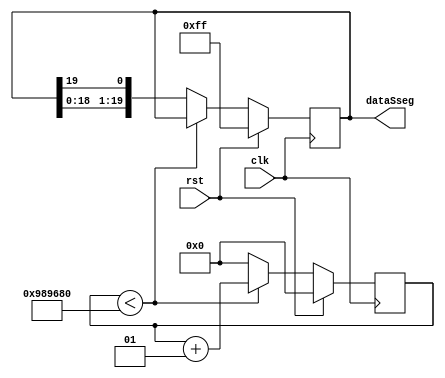
module shift_sseg(
    input clk, rst, 
    output reg [19:0]dataSseg
    );
    
    integer cnt2;

    
    always @(posedge clk)
        if(rst) 
            begin
                cnt2 <= 0;
                dataSseg <= 20'b0000_0000_0000_1111_1111;
            end
        else if(cnt2 < 10000000) cnt2 <= cnt2 + 1;
        else  
            begin
            dataSseg <= {dataSseg[18:0], dataSseg[19]}; 
            cnt2 <= 0 ;
            end
endmodule